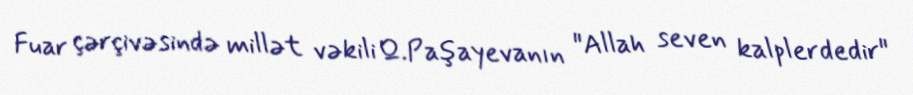
Fuar çərçivəsində millət vəkili Q.Paşayevanın "Allah seven kalplerdedir"